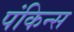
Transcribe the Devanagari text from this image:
पंकिन्स